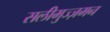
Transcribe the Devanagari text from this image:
सलीमुज्ज़मन